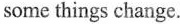
some things change.